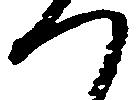
つ